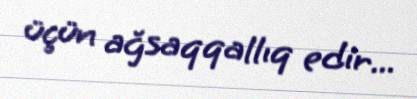
üçün ağsaqqallıq edir...